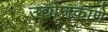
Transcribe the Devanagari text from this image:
उद्योजकाणे